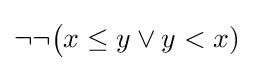
\neg \neg {\big (}x\leq y\lor y<x)